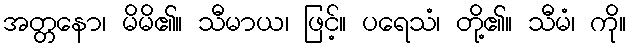
အတ္တနော၊ မိမိ၏။ သီမာယ၊ ဖြင့်။ ပရေသံ၊ တို့၏။ သီမံ၊ ကို။